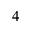
^ { 4 }